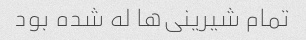
تمام شیرینی‌ها له شده بود